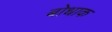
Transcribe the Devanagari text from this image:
बोधाक